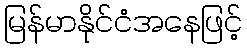
မြန်မာနိုင်ငံအနေဖြင့်